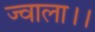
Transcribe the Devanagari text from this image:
ज्वाला।।